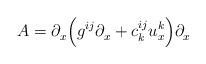
LaTeX: \begin{align*} A = \partial_x^{}\Big(g^{ij}\partial_x^{} + c^{ij}_k u^k_x\Big)\partial_x^{}\end{align*}